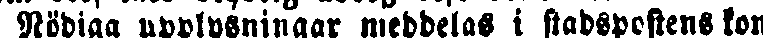
Nödiga upplysningar meddelas i stadspostens kon-